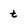
Character: t